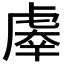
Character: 𰲤